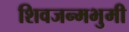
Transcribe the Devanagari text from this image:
शिवजन्मभुमी